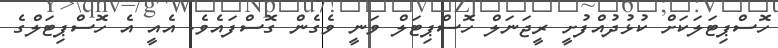
ހޮސްޕިޓަލަކަށް ކުޅުދުއްފުށީ ރީޖަނަލް ހޮސްޕިޓަލް ވަނީ ވެގެން ގޮސްފައެވެ. އެއީ އެ ހޮސްޕިޓަލްގެ